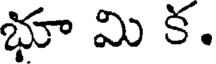
భూ మి క.